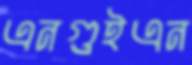
এনগুইএন